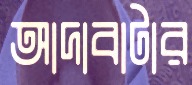
আদাবাটার